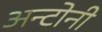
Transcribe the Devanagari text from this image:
अन्टोनी